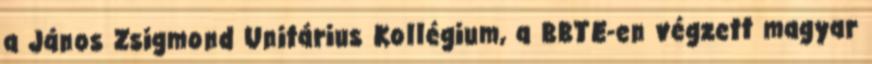
a János Zsigmond Unitárius Kollégium, a BBTE-en végzett magyar